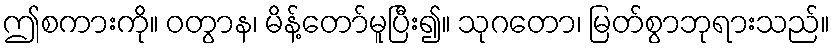
ဤစကားကို။ ဝတွာန၊ မိန့်တော်မူပြီး၍။ သုဂတော၊ မြတ်စွာဘုရားသည်။